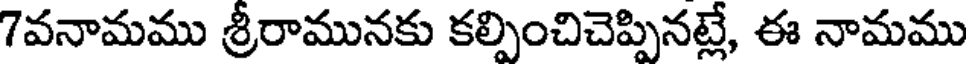
7వనామము శ్రీరామునకు కల్పించిచెప్పినట్లే, ఈ నామము